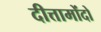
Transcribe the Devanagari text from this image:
दीत्तामोंदो